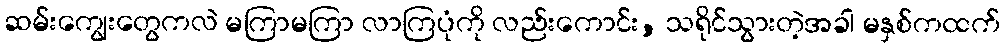
ဆမ်းကျွေးတွေကလဲ မကြာမကြာ လာကြပုံကို လည်းကောင်း, သရိုင်သွားတဲ့အခါ မနှစ်ကထက်